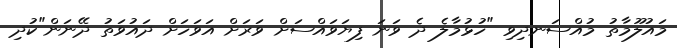
މައުލޫމާތު މުއްސަނދިވި "ހުޅުމާލެ ދެ ވަނަ ފިޔަވައްސަށް ވަރަށް އަވަަހަށް ދައުވަތު ދޭނަން"ކުދި